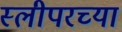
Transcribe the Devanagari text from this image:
स्लीपरच्या